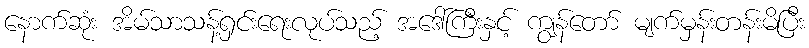
နောက်ဆုံး အိမ်သာသန့်ရှင်းရေးလုပ်သည့် အဒေါ်ကြီးနှင့် ကျွန်တော် မျက်မှန်းတန်းမိပြီး